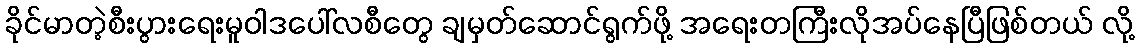
ခိုင်မာတဲ့စီးပွားရေးမူဝါဒပေါ်လစီတွေ ချမှတ်ဆောင်ရွက်ဖို့ အရေးတကြီးလိုအပ်နေပြီဖြစ်တယ် လို့